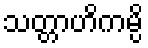
သတ္တာဟိကမ္ပိ